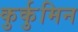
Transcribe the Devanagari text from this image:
कुर्कुमिन